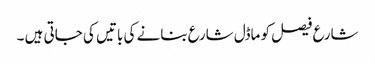
شارع فیصل کو ماڈل شارع بنانے کی باتیں کی جاتی ہیں ۔